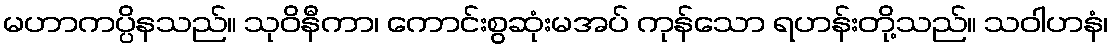
မဟာကပ္ပိနသည်။ သုဝိနီကာ၊ ကောင်းစွဆုံးမအပ် ကုန်သော ရဟန်းတို့သည်။ သဝါဟနံ၊